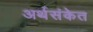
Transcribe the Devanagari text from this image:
अर्थसंकेत